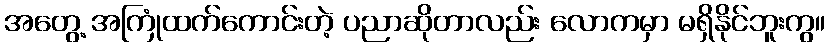
အတွေ့ အကြုံထက်ကောင်းတဲ့ ပညာဆိုတာလည်း လောကမှာ မရှိနိုင်ဘူးကွ။